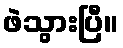
ဖဲသွားပြီ။